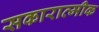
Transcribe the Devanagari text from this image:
सकारात्मीक